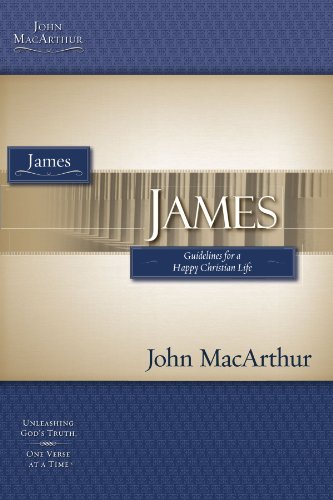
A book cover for James (MacArthur Bible Studies); John F. MacArthur; Christian Books & Bibles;